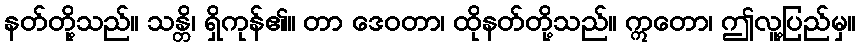
နတ်တို့သည်။ သန္တိ၊ ရှိကုန်၏။ တာ ဒေဝတာ၊ ထိုနတ်တို့သည်။ ဣတော၊ ဤလူ့ပြည်မှ။